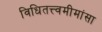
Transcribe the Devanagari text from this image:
विधितत्त्वमीमांसा